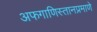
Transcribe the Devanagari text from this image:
अफगाणिस्तानप्रमाणे